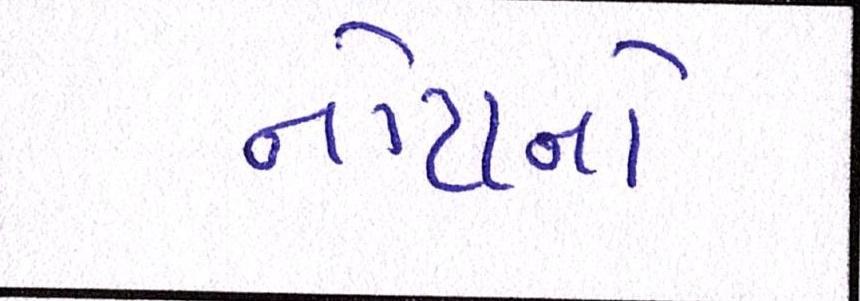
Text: નોટાનો